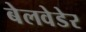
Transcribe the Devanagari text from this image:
बेलवेडेर